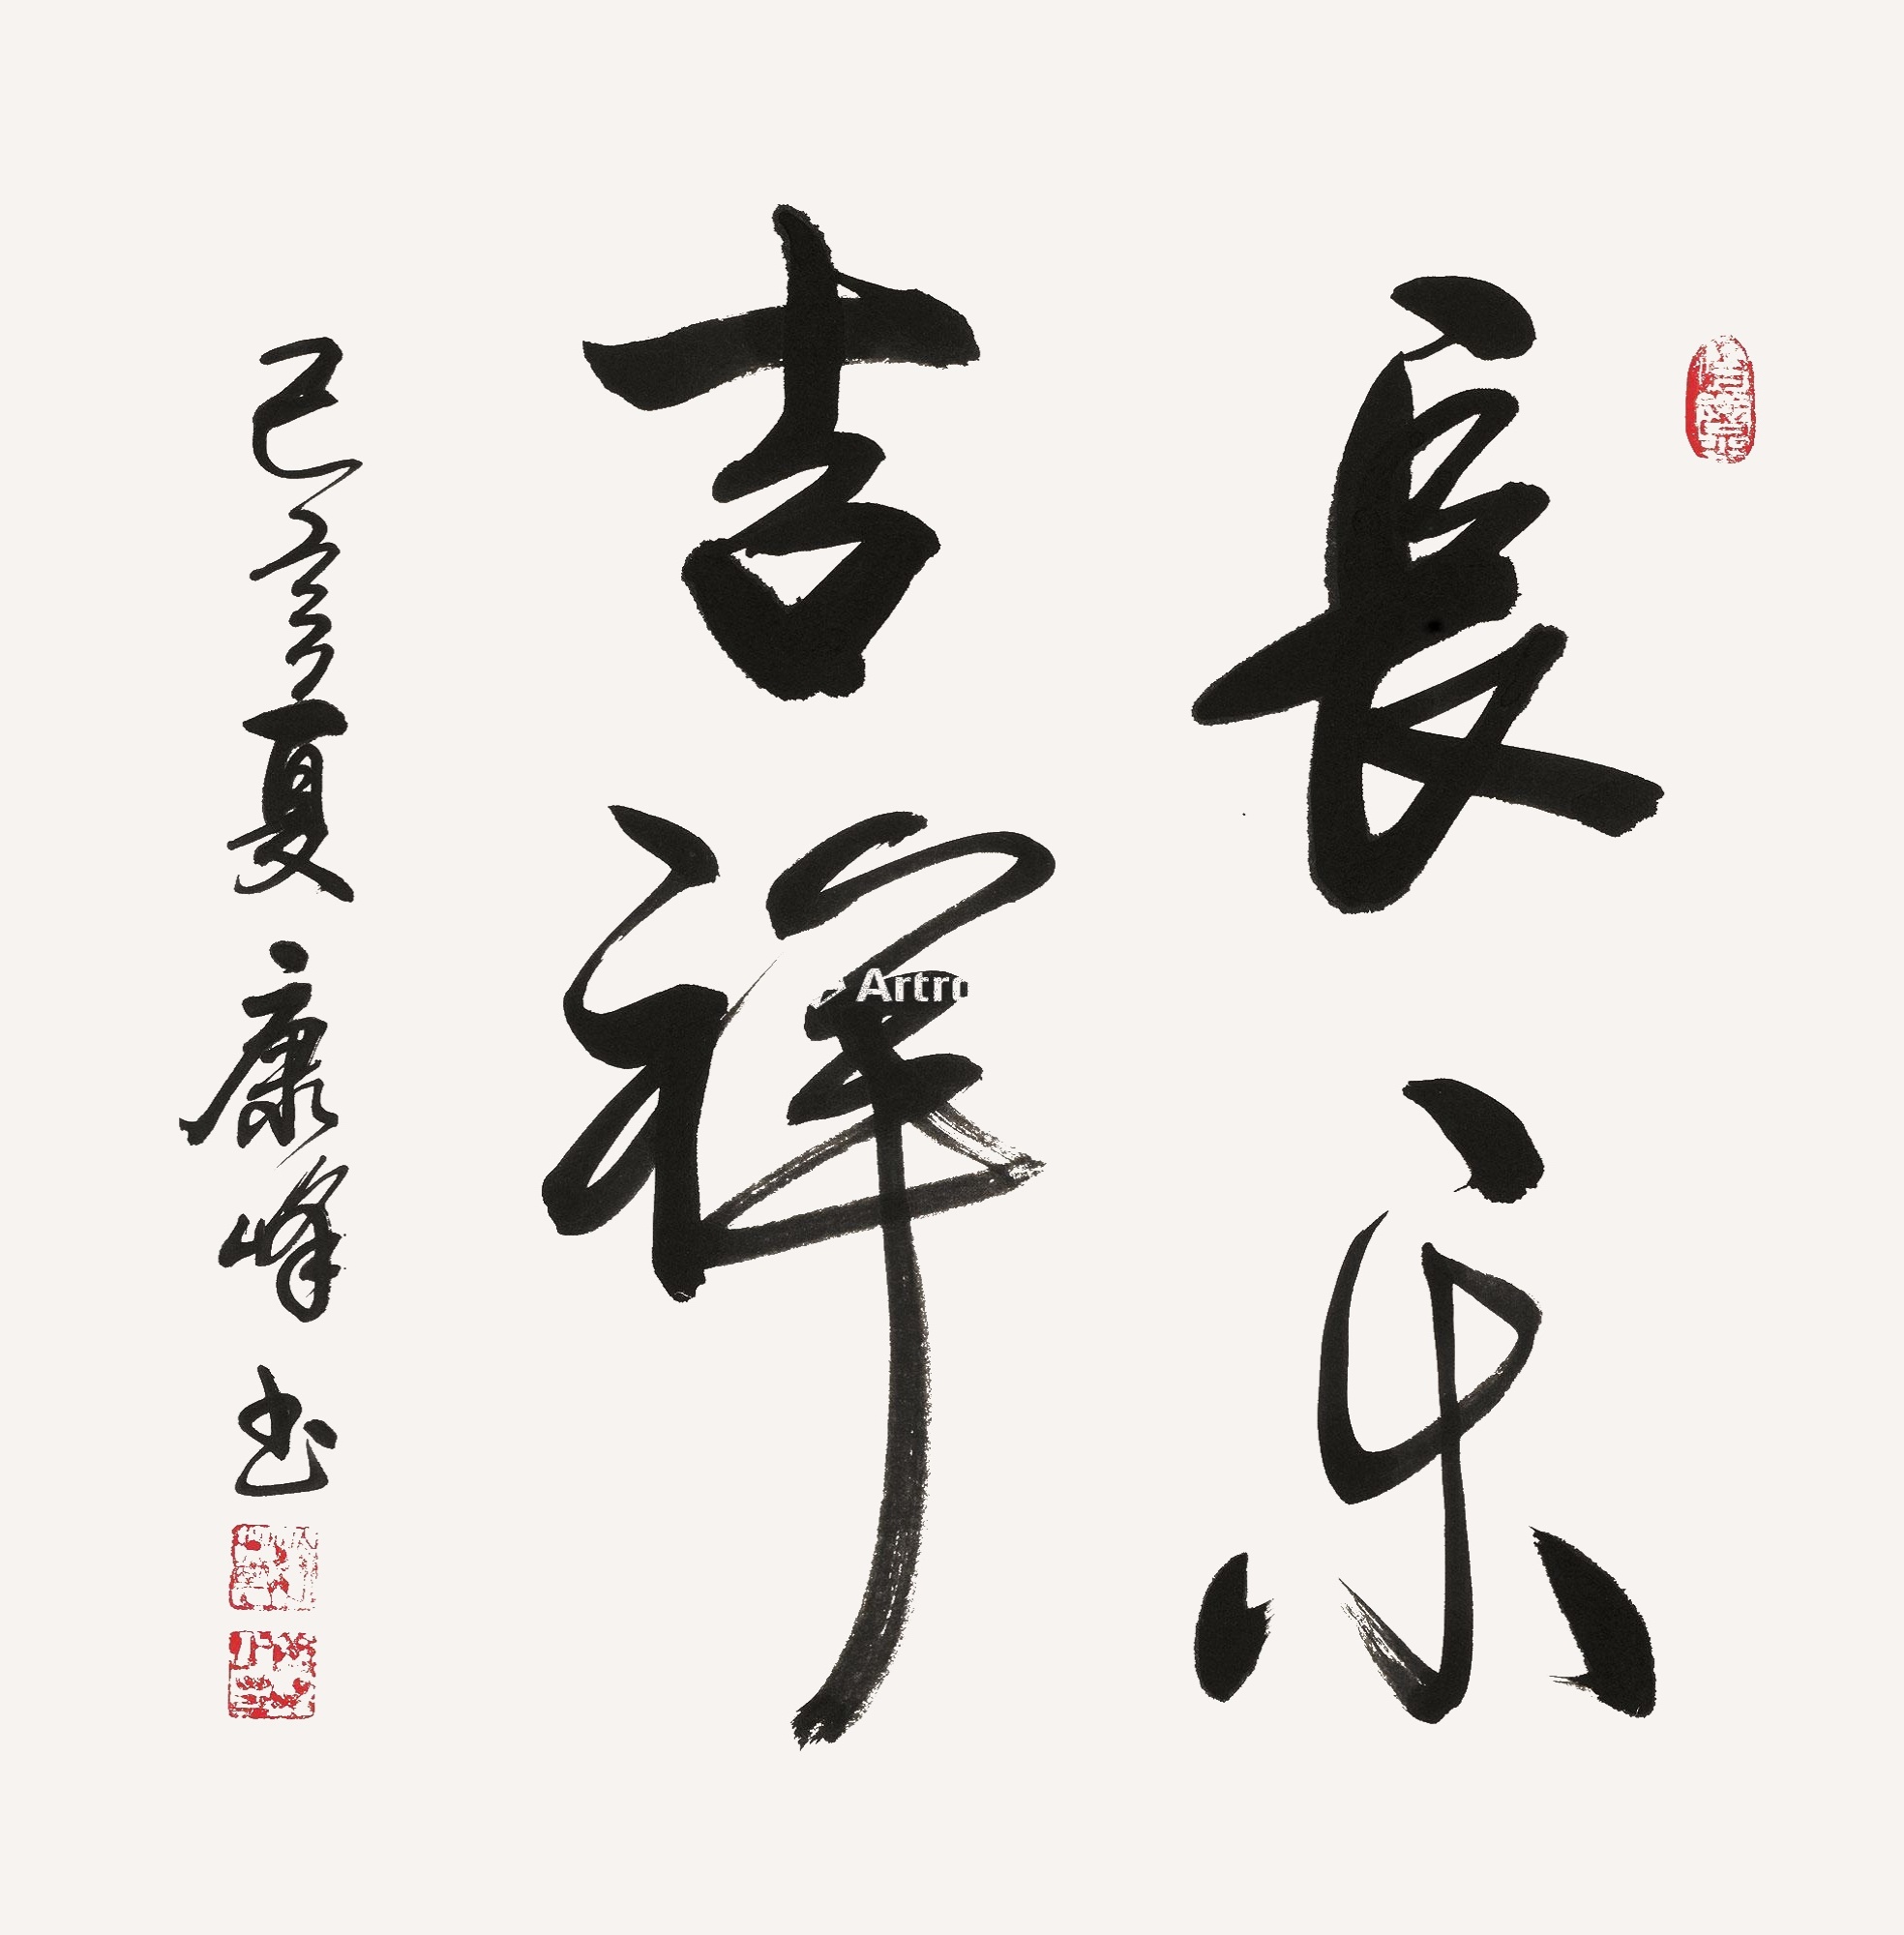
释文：长乐吉祥乙亥夏康峰书